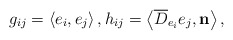
\begin{align*}g_{ij}=\left\langle e_i,e_j\right\rangle,h_{ij}=\left\langle \overline{D} _{e_i}e_j,\mathbf{n}\right\rangle,\end{align*}